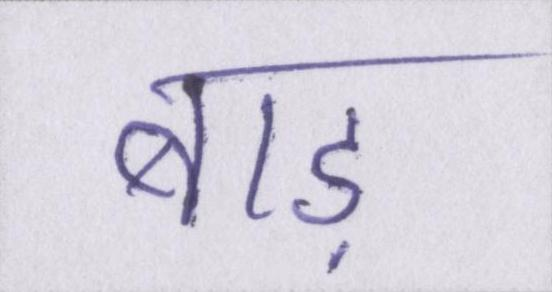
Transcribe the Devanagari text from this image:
बाड़